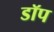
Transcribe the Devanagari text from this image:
डॉप